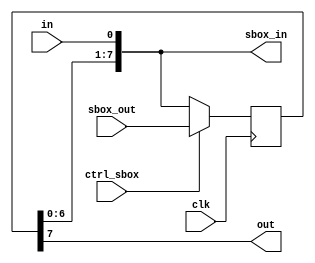
module reg_t (
    clk,in,sbox_out,ctrl_sbox,sbox_in,out
);
    input           clk;
    input           in;
    input   [7:0]   sbox_out;
    input           ctrl_sbox;              
    output          out;
    output  [7:0]   sbox_in;

    reg     [7:0]  temp_p;         
     
    assign sbox_in = {temp_p[6:0],in};
    assign out = temp_p[7]; 

    always @(posedge clk) begin         
        if (ctrl_sbox) 
            temp_p [7:0] <= sbox_out;   
        else  temp_p[7:0] <= {temp_p[6:0],in};  
    end
endmodule